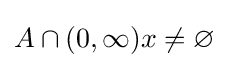
A\cap (0,\infty )x\neq \varnothing